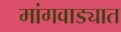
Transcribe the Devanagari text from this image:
मांगवाड्यात